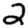
Digit: 2